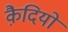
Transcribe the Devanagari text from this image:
कै़दियों